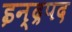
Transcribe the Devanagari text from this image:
इन्द्रपद